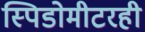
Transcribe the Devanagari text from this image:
स्पिडोमीटरही